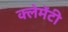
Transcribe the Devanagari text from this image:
क्लेमेंटी